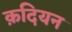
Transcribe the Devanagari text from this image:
क़दियन